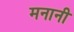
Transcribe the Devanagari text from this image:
मनानी